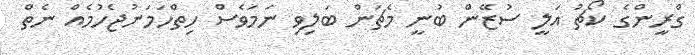
ގްރީންގެ ކޯޗު އަލީ ސުޒޭން ބުނީ މެޗަން ބަލިވި ނަމަވެސް ހިތްހަމަނުޖެހުމެއް ނެތް